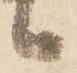
候